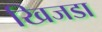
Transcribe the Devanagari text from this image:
खिजडा